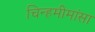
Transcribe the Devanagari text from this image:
चिन्हमीमांसा